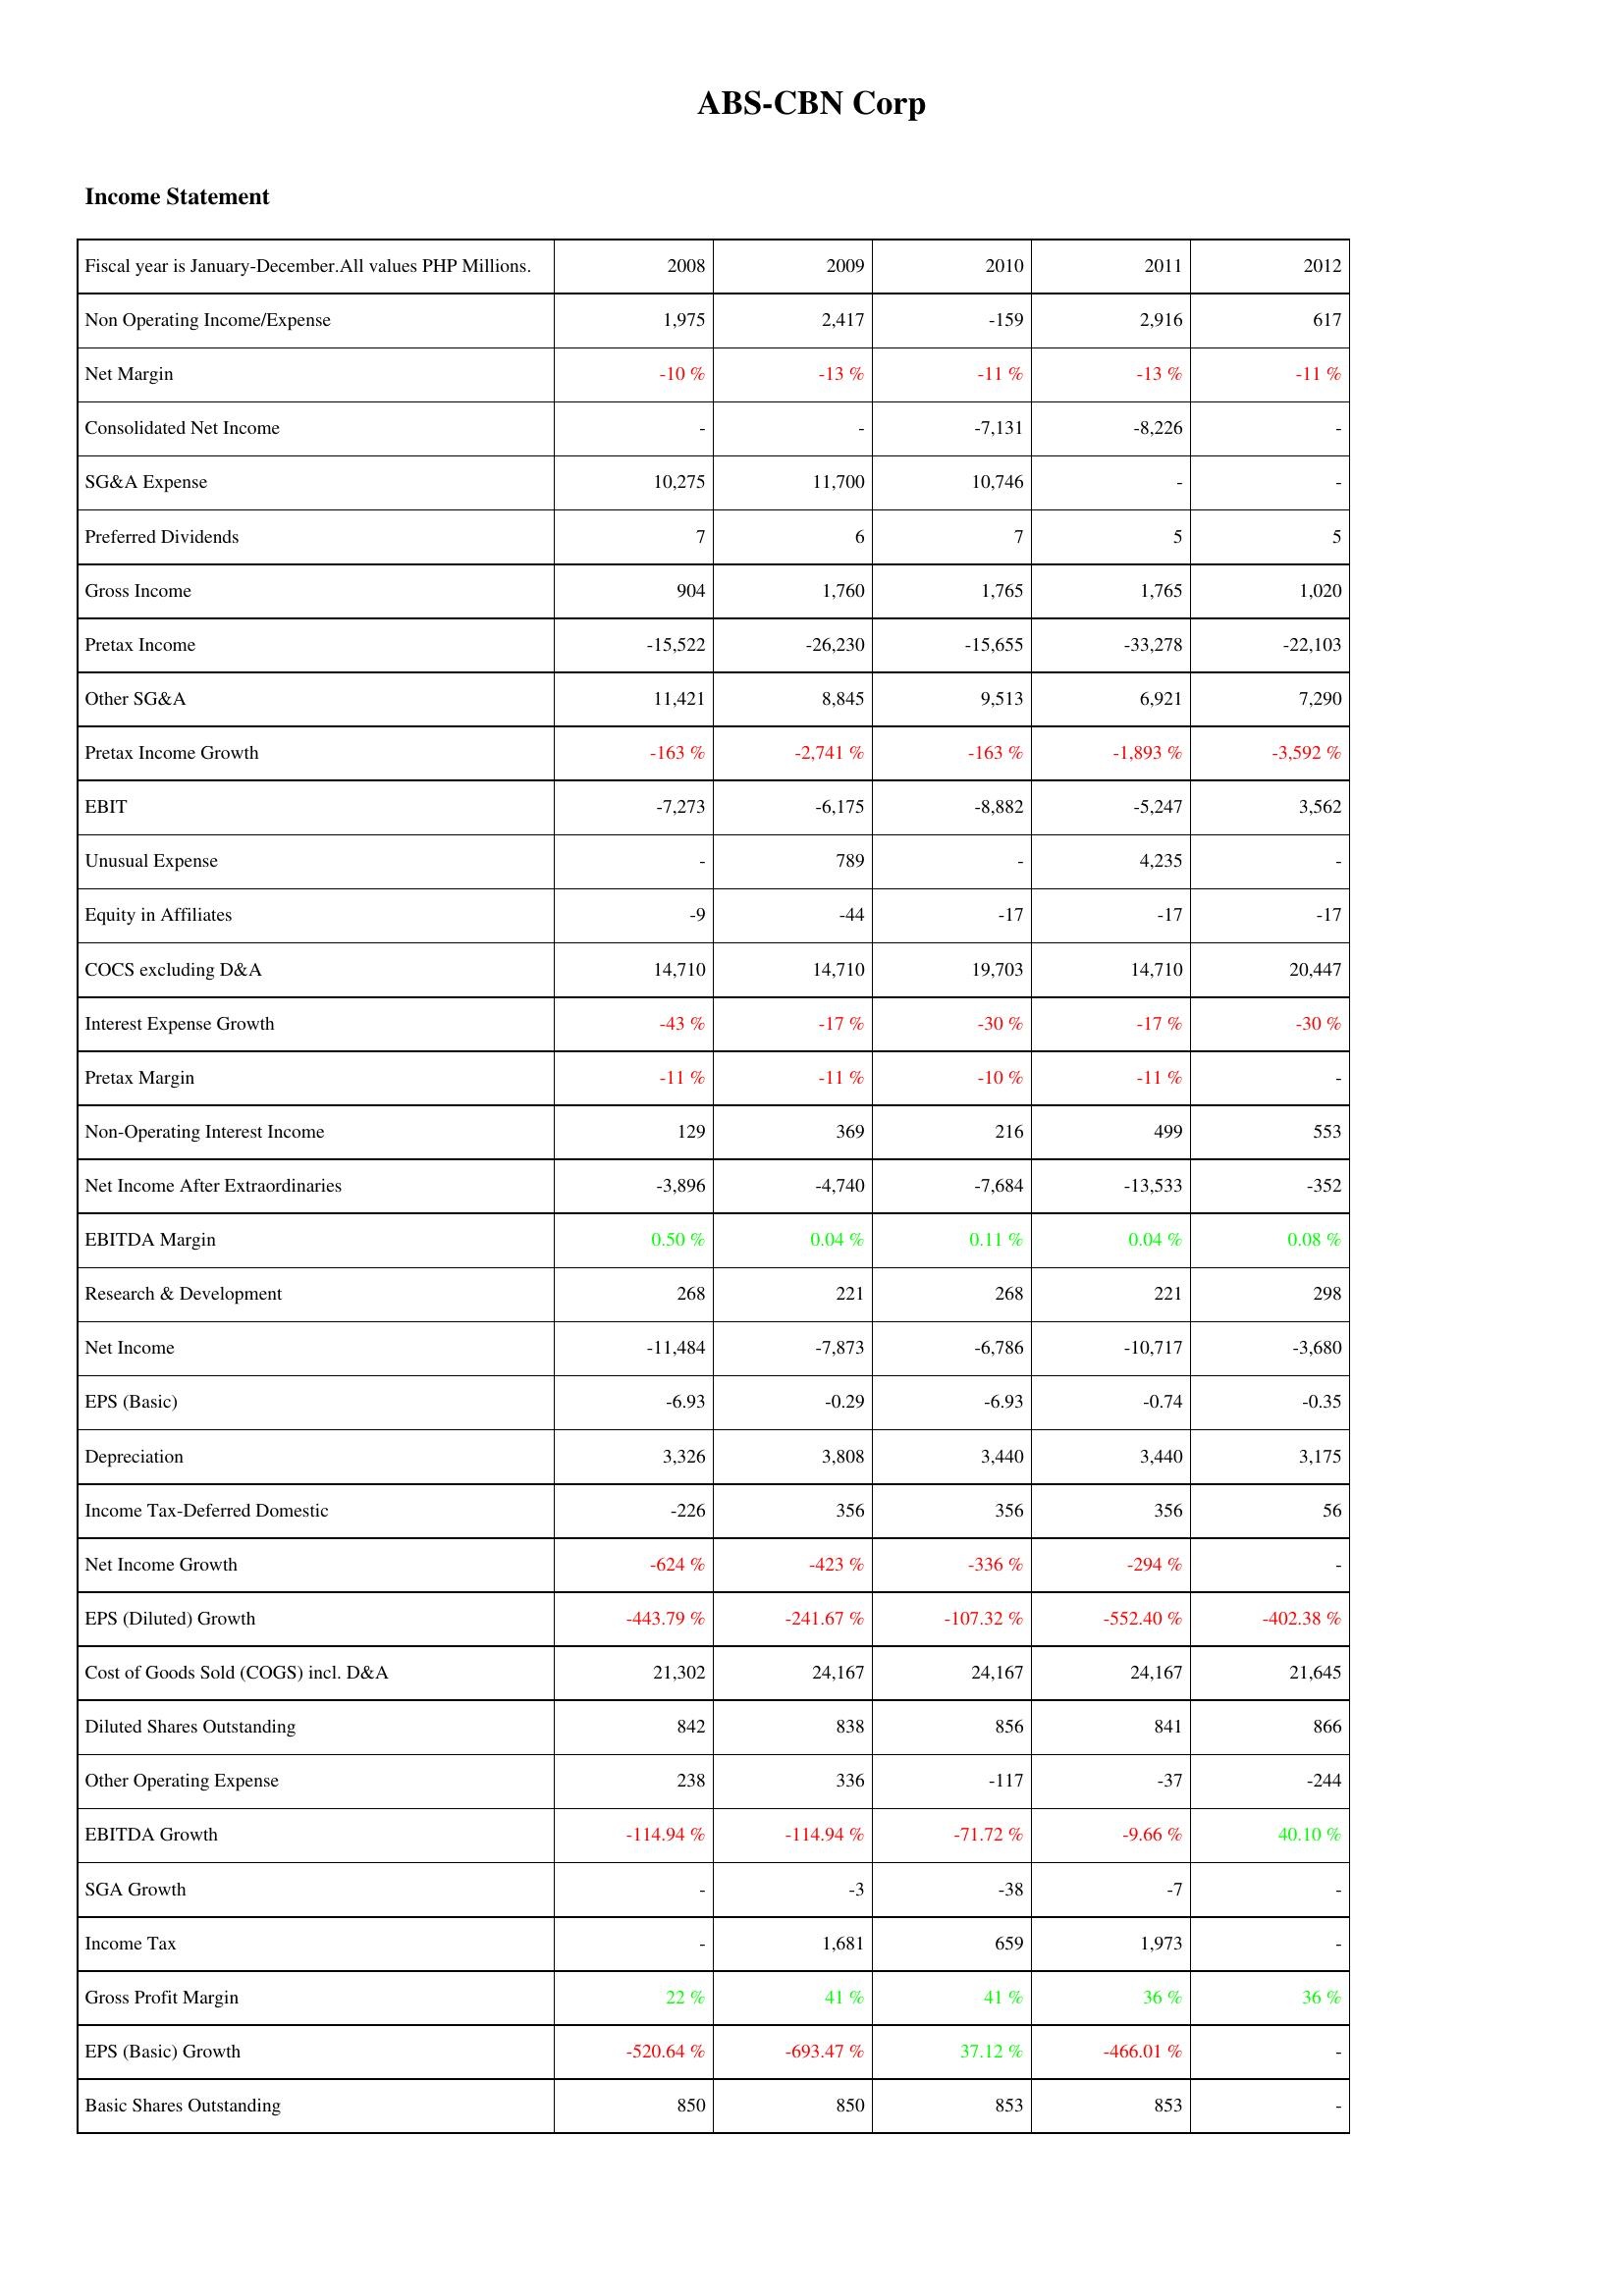
2008: Income Statement: Non Operating Income/Expense: 1,975
Net Margin: -10 %
Consolidated Net Income: -
SG&A Expense: 10,275
Preferred Dividends: 7
Gross Income: 904
Pretax Income: -15,522
Other SG&A: 11,421
Pretax Income Growth: -163 %
EBIT: -7,273
Unusual Expense: -
Equity in Affiliates: -9
COCS excluding D&A: 14,710
Interest Expense Growth: -43 %
Pretax Margin: -11 %
Non-Operating Interest Income: 129
Net Income After Extraordinaries: -3,896
EBITDA Margin: 0.50 %
Research & Development: 268
Net Income: -11,484
EPS (Basic): -6.93
Depreciation: 3,326
Income Tax-Deferred Domestic: -226
Net Income Growth: -624 %
EPS (Diluted) Growth: -443.79 %
Cost of Goods Sold (COGS) incl. D&A: 21,302
Diluted Shares Outstanding: 842
Other Operating Expense: 238
EBITDA Growth: -114.94 %
SGA Growth: -
Income Tax: -
Gross Profit Margin: 22 %
EPS (Basic) Growth: -520.64 %
Basic Shares Outstanding: 850
2009: Income Statement: Non Operating Income/Expense: 2,417
Net Margin: -13 %
Consolidated Net Income: -
SG&A Expense: 11,700
Preferred Dividends: 6
Gross Income: 1,760
Pretax Income: -26,230
Other SG&A: 8,845
Pretax Income Growth: -2,741 %
EBIT: -6,175
Unusual Expense: 789
Equity in Affiliates: -44
COCS excluding D&A: 14,710
Interest Expense Growth: -17 %
Pretax Margin: -11 %
Non-Operating Interest Income: 369
Net Income After Extraordinaries: -4,740
EBITDA Margin: 0.04 %
Research & Development: 221
Net Income: -7,873
EPS (Basic): -0.29
Depreciation: 3,808
Income Tax-Deferred Domestic: 356
Net Income Growth: -423 %
EPS (Diluted) Growth: -241.67 %
Cost of Goods Sold (COGS) incl. D&A: 24,167
Diluted Shares Outstanding: 838
Other Operating Expense: 336
EBITDA Growth: -114.94 %
SGA Growth: -3
Income Tax: 1,681
Gross Profit Margin: 41 %
EPS (Basic) Growth: -693.47 %
Basic Shares Outstanding: 850
2010: Income Statement: Non Operating Income/Expense: -159
Net Margin: -11 %
Consolidated Net Income: -7,131
SG&A Expense: 10,746
Preferred Dividends: 7
Gross Income: 1,765
Pretax Income: -15,655
Other SG&A: 9,513
Pretax Income Growth: -163 %
EBIT: -8,882
Unusual Expense: -
Equity in Affiliates: -17
COCS excluding D&A: 19,703
Interest Expense Growth: -30 %
Pretax Margin: -10 %
Non-Operating Interest Income: 216
Net Income After Extraordinaries: -7,684
EBITDA Margin: 0.11 %
Research & Development: 268
Net Income: -6,786
EPS (Basic): -6.93
Depreciation: 3,440
Income Tax-Deferred Domestic: 356
Net Income Growth: -336 %
EPS (Diluted) Growth: -107.32 %
Cost of Goods Sold (COGS) incl. D&A: 24,167
Diluted Shares Outstanding: 856
Other Operating Expense: -117
EBITDA Growth: -71.72 %
SGA Growth: -38
Income Tax: 659
Gross Profit Margin: 41 %
EPS (Basic) Growth: 37.12 %
Basic Shares Outstanding: 853
2011: Income Statement: Non Operating Income/Expense: 2,916
Net Margin: -13 %
Consolidated Net Income: -8,226
SG&A Expense: -
Preferred Dividends: 5
Gross Income: 1,765
Pretax Income: -33,278
Other SG&A: 6,921
Pretax Income Growth: -1,893 %
EBIT: -5,247
Unusual Expense: 4,235
Equity in Affiliates: -17
COCS excluding D&A: 14,710
Interest Expense Growth: -17 %
Pretax Margin: -11 %
Non-Operating Interest Income: 499
Net Income After Extraordinaries: -13,533
EBITDA Margin: 0.04 %
Research & Development: 221
Net Income: -10,717
EPS (Basic): -0.74
Depreciation: 3,440
Income Tax-Deferred Domestic: 356
Net Income Growth: -294 %
EPS (Diluted) Growth: -552.40 %
Cost of Goods Sold (COGS) incl. D&A: 24,167
Diluted Shares Outstanding: 841
Other Operating Expense: -37
EBITDA Growth: -9.66 %
SGA Growth: -7
Income Tax: 1,973
Gross Profit Margin: 36 %
EPS (Basic) Growth: -466.01 %
Basic Shares Outstanding: 853
2012: Income Statement: Non Operating Income/Expense: 617
Net Margin: -11 %
Consolidated Net Income: -
SG&A Expense: -
Preferred Dividends: 5
Gross Income: 1,020
Pretax Income: -22,103
Other SG&A: 7,290
Pretax Income Growth: -3,592 %
EBIT: 3,562
Unusual Expense: -
Equity in Affiliates: -17
COCS excluding D&A: 20,447
Interest Expense Growth: -30 %
Pretax Margin: -
Non-Operating Interest Income: 553
Net Income After Extraordinaries: -352
EBITDA Margin: 0.08 %
Research & Development: 298
Net Income: -3,680
EPS (Basic): -0.35
Depreciation: 3,175
Income Tax-Deferred Domestic: 56
Net Income Growth: -
EPS (Diluted) Growth: -402.38 %
Cost of Goods Sold (COGS) incl. D&A: 21,645
Diluted Shares Outstanding: 866
Other Operating Expense: -244
EBITDA Growth: 40.10 %
SGA Growth: -
Income Tax: -
Gross Profit Margin: 36 %
EPS (Basic) Growth: -
Basic Shares Outstanding: -